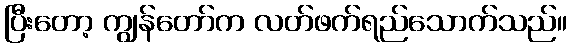
ပြီးတော့ ကျွန်တော်က လတ်ဖက်ရည်သောက်သည်။